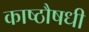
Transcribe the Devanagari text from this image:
काष्ठौषधी